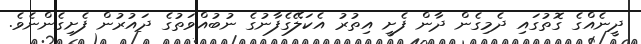
ދީނެއްގެ ގޮތުގައި ދެމިގެން ދާން ފެށީ އިތުރު އެކަލޭގެފާނުގެ ނުބުއްވަތުގެ ދައުރުން ފެށިގެންނެވެ.